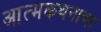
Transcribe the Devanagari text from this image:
आत्मकथनाचा